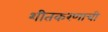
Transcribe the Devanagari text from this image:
शीतकरणाची